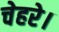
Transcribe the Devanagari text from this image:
चेहरे।